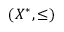
( X ^ { * } , \leq )